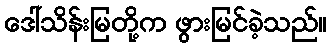
ဒေါ်သိန်းမြတို့က ဖွားမြင်ခဲ့သည်။